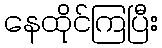
နေထိုင်ကြပြီး